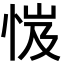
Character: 𢚼